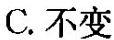
C.不变